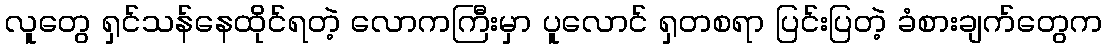
လူတွေ ရှင်သန်နေထိုင်ရတဲ့ လောကကြီးမှာ ပူလောင် ရှတစရာ ပြင်းပြတဲ့ ခံစားချက်တွေက